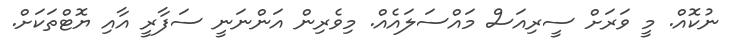
ނުކޮއް. މީ ވަރަށް ސީރިއަސް މައްސަލައެއް. މިވެރިން އަންނަނީ ސަފާރީ އާއި ޔޮޓްތަކަށް.